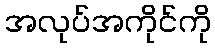
အလုပ်အကိုင်ကို